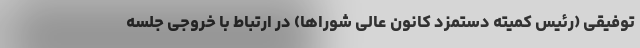
توفیقی (رئیس کمیته دستمزد کانون عالی شوراها) در ارتباط با خروجی جلسه